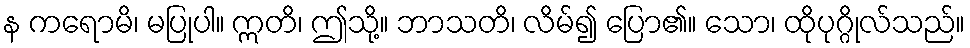
န ကရောမိ၊ မပြုပါ။ ဣတိ၊ ဤသို့။ ဘာသတိ၊ လိမ်၍ ပြော၏။ သော၊ ထိုပုဂ္ဂိုလ်သည်။